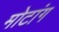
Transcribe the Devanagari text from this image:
मोटांग